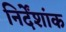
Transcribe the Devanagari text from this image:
निर्देंशांक